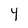
Character: Y